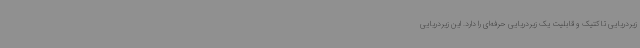
زیردریایی تاکتیک و قابلیت یک زیردریایی حرفه‌ای را دارد. این زیردریایی